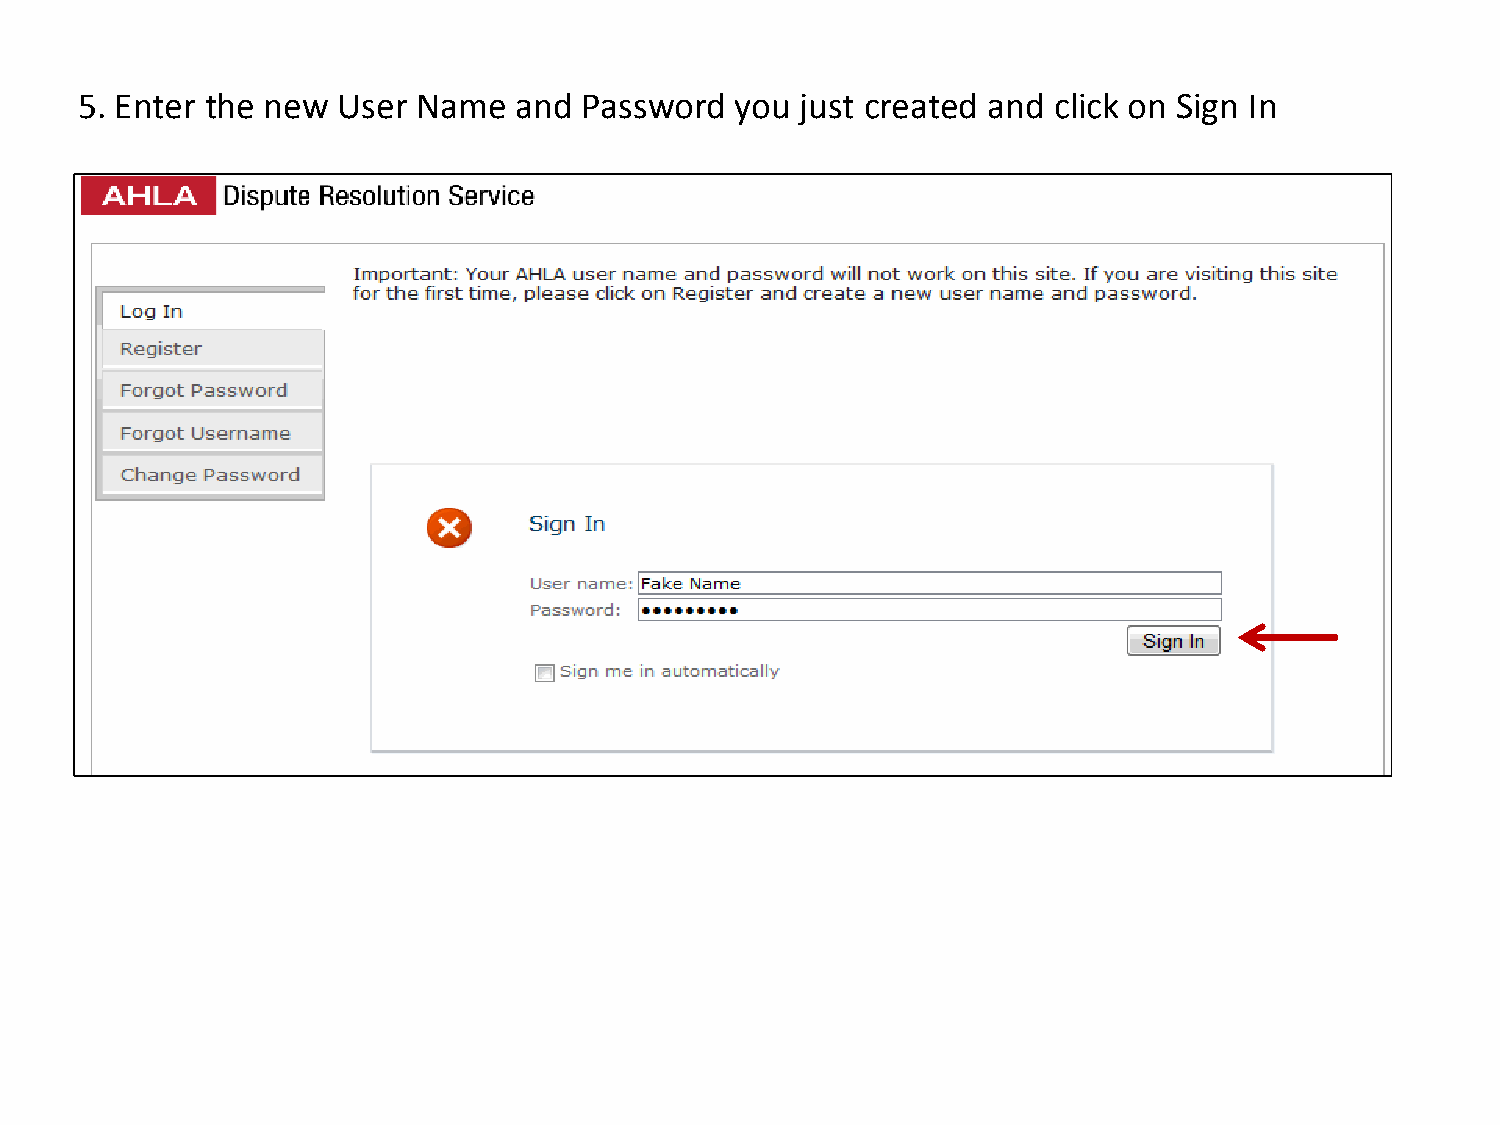
5. Enter the new User  Name  and  Password  you just created and click on Sign In